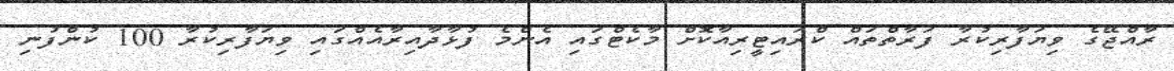
ރާއްޖޭގެ ވިޔަފާރިކުރާ ފަރާތްތައް ކްރައިޓީރިއާކޮށް މާކެޓްގައި އެންމެ ފުޅާދާއިރާއެއްގައި ވިޔަފާރިކުރާ 100 ކުންފުނި